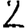
Digit: 2